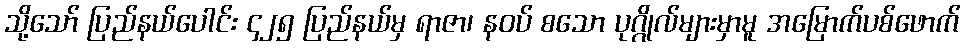
သို့သော် ပြည်နယ်ပေါင်း ၄၂၅ ပြည်နယ်မှ ရာဇာ၊ နဝပ် စသော ပုဂ္ဂိုလ်များမှာမူ အမြောက်ပစ်ဖောက်